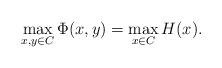
LaTeX: \begin{align*}\max_{x,y \in C} \Phi(x,y) = \max_{x \in C} H(x).\end{align*}